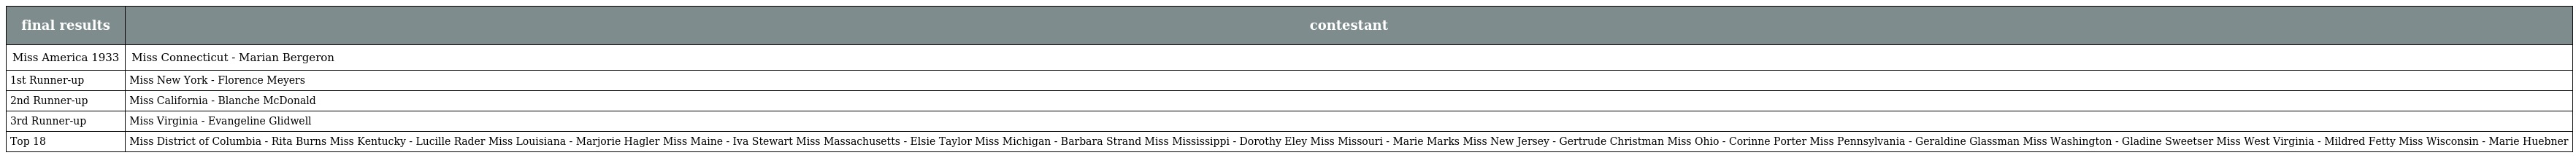
| final results | contestant |
 | --- | --- |
 | Miss America 1933 | Miss Connecticut - Marian Bergeron |
 | 1st Runner-up | Miss New York - Florence Meyers |
 | 2nd Runner-up | Miss California - Blanche McDonald |
 | 3rd Runner-up | Miss Virginia - Evangeline Glidwell |
 | Top 18 | Miss District of Columbia - Rita Burns Miss Kentucky - Lucille Rader Miss Louisiana - Marjorie Hagler Miss Maine - Iva Stewart Miss Massachusetts - Elsie Taylor Miss Michigan - Barbara Strand Miss Mississippi - Dorothy Eley Miss Missouri - Marie Marks Miss New Jersey - Gertrude Christman Miss Ohio - Corinne Porter Miss Pennsylvania - Geraldine Glassman Miss Washington - Gladine Sweetser Miss West Virginia - Mildred Fetty Miss Wisconsin - Marie Huebner |